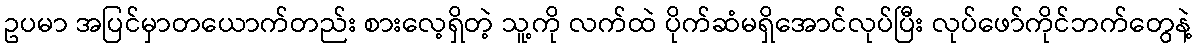
ဥပမာ အပြင်မှာတယောက်တည်း စားလေ့ရှိတဲ့ သူ့ကို လက်ထဲ ပိုက်ဆံမရှိအောင်လုပ်ပြီး လုပ်ဖော်ကိုင်ဘက်တွေနဲ့